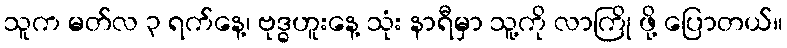
သူက မတ်လ ၃ ရက်နေ့၊ ဗုဒ္ဓဟူးနေ့ သုံး နာရီမှာ သူ့ကို လာကြို ဖို့ ပြောတယ်။